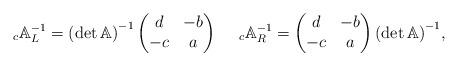
LaTeX: \begin{align*}\,_{c}\mathbb{A}^{-1}_L={(\det\mathbb{A})}^{-1}\left(\begin{matrix}d &-b \\ -c & a\end{matrix}\right)\;\;\;\;\,_{c}\mathbb{A}^{-1}_R=\left(\begin{matrix}d &-b \\ -c & a\end{matrix}\right){(\det\mathbb{A})}^{-1},\end{align*}